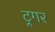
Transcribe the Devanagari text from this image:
ट्रगर